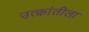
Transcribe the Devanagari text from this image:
उत्क्रांतीला